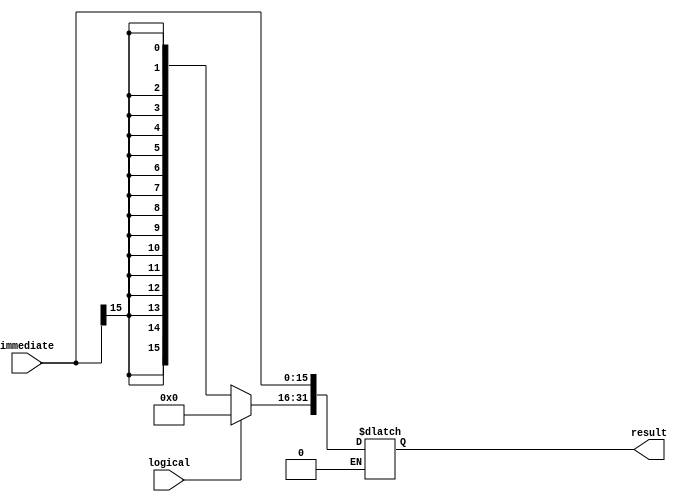
module sign_extend(
	output reg [31:0]result,
	input wire [15:0]immediate,
	input wire logical
	);	  
	always @(immediate or logical) 
		#2
		if (logical==0)	
			begin 
				result[31:16]<={16{immediate[15]}};
				result[15:0]<=immediate[15:0];
			end
		else if (logical==1)
		begin 
			result [31:16]<=0;	
			result[15:0]<=immediate[15:0]; 
		end
	endmodule